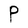
Character: P